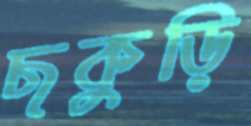
ছকুড়ি